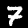
Digit: 7